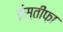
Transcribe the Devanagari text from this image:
ईस्तीफ़ा